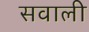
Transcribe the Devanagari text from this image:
सवाली